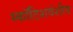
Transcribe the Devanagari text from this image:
स्कॉटिशवंशीय